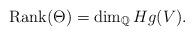
LaTeX: \begin{align*}\mathrm{Rank}(\Theta)=\dim_\mathbb{Q}Hg(V).\end{align*}